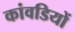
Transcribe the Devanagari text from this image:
कांवडियों